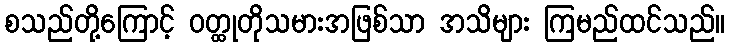
စသည်တို့ကြောင့် ဝတ္ထုတိုသမားအဖြစ်သာ အသိများ ကြမည်ထင်သည်။